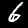
Digit: 6